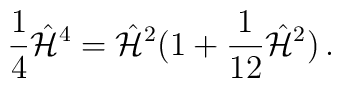
{1\over4} \hat{\cal H}^4 = \hat{\cal H}^2 (1+{1\over12}\hat{\cal H}^2)\, .